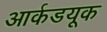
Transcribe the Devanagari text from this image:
आर्कडयूक